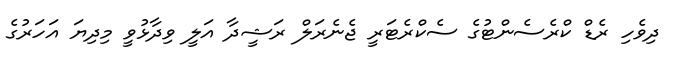
ދިވެހި ރެޑް ކްރެސެންޓުގެ ސެކްރެޓަރީ ޖެނެރަލް ރަޝީދާ އަލީ ވިދާޅުވީ މިދިޔަ އަހަރުގެ